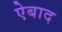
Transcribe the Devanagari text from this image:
ऐबाद